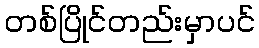
တစ်ပြိုင်တည်းမှာပင်